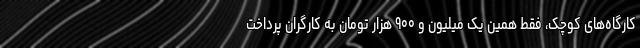
کارگاه‌های کوچک، فقط همین یک میلیون و ۹۰۰ هزار تومان به کارگران پرداخت